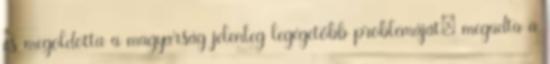
és megoldotta a magyarság jelenleg legégetőbb problémáját: megadta a